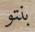
بنتو